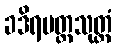
ခဒိရပတ္တသုတ္တံ